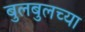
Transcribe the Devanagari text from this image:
बुलबुलच्या